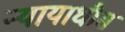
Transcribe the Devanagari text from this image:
न्यायाधीस